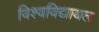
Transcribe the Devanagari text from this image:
विश्‍वविद्यायल